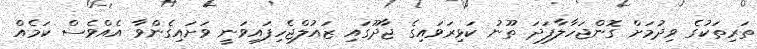
ތަރިތަކުގެ ވިދުމަށް ގޮންޖަހާލާފަދަ ތޫނު ކަޅިރަވައިގެ ޖާދޫގައި ޒައުލްޖެހިފައިވަނީ ވަށައިގެންވާ އެއްވެސް ކަމެއް